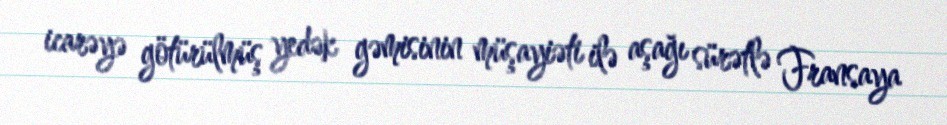
icarəyə götürülmüş yedək gəmisinin müşayiəti ilə aşağı sürətlə Fransaya